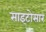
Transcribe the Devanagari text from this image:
साइटोसार